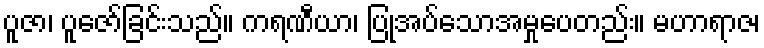
ပူဇာ၊ ပူဇော်ခြင်းသည်။ ကရဏီယာ၊ ပြုအပ်သောအမှုပေတည်း။ မဟာရာဇ၊